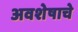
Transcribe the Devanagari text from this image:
अवशेषाचे